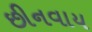
છીનવાય